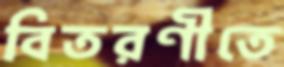
বিতরণীতে